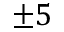
\pm 5